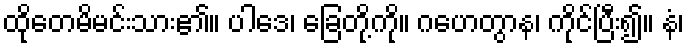
ထိုတေမိမင်းသား၏။ ပါဒေ၊ ခြေတို့ကို။ ဂဟေတွာန၊ ကိုင်ပြီး၍။ နံ၊